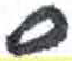
אות: ס